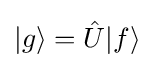
|g\rangle ={\hat {U}}|f\rangle